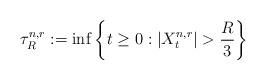
LaTeX: \begin{align*}\tau^{n,r}_R:=\inf\left\lbrace t\ge 0: \left\lvert X^{n,r}_t\right\rvert>\frac{R}{3}\right\rbrace \end{align*}